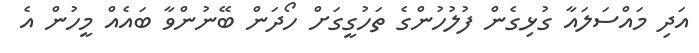
އަދި މައްސަލައާ ގުޅިގެން ފުލުހުންގެ ތަހުގީގަށް ހޯދަން ބޭނުންވާ ބައެއް މީހުން އެ